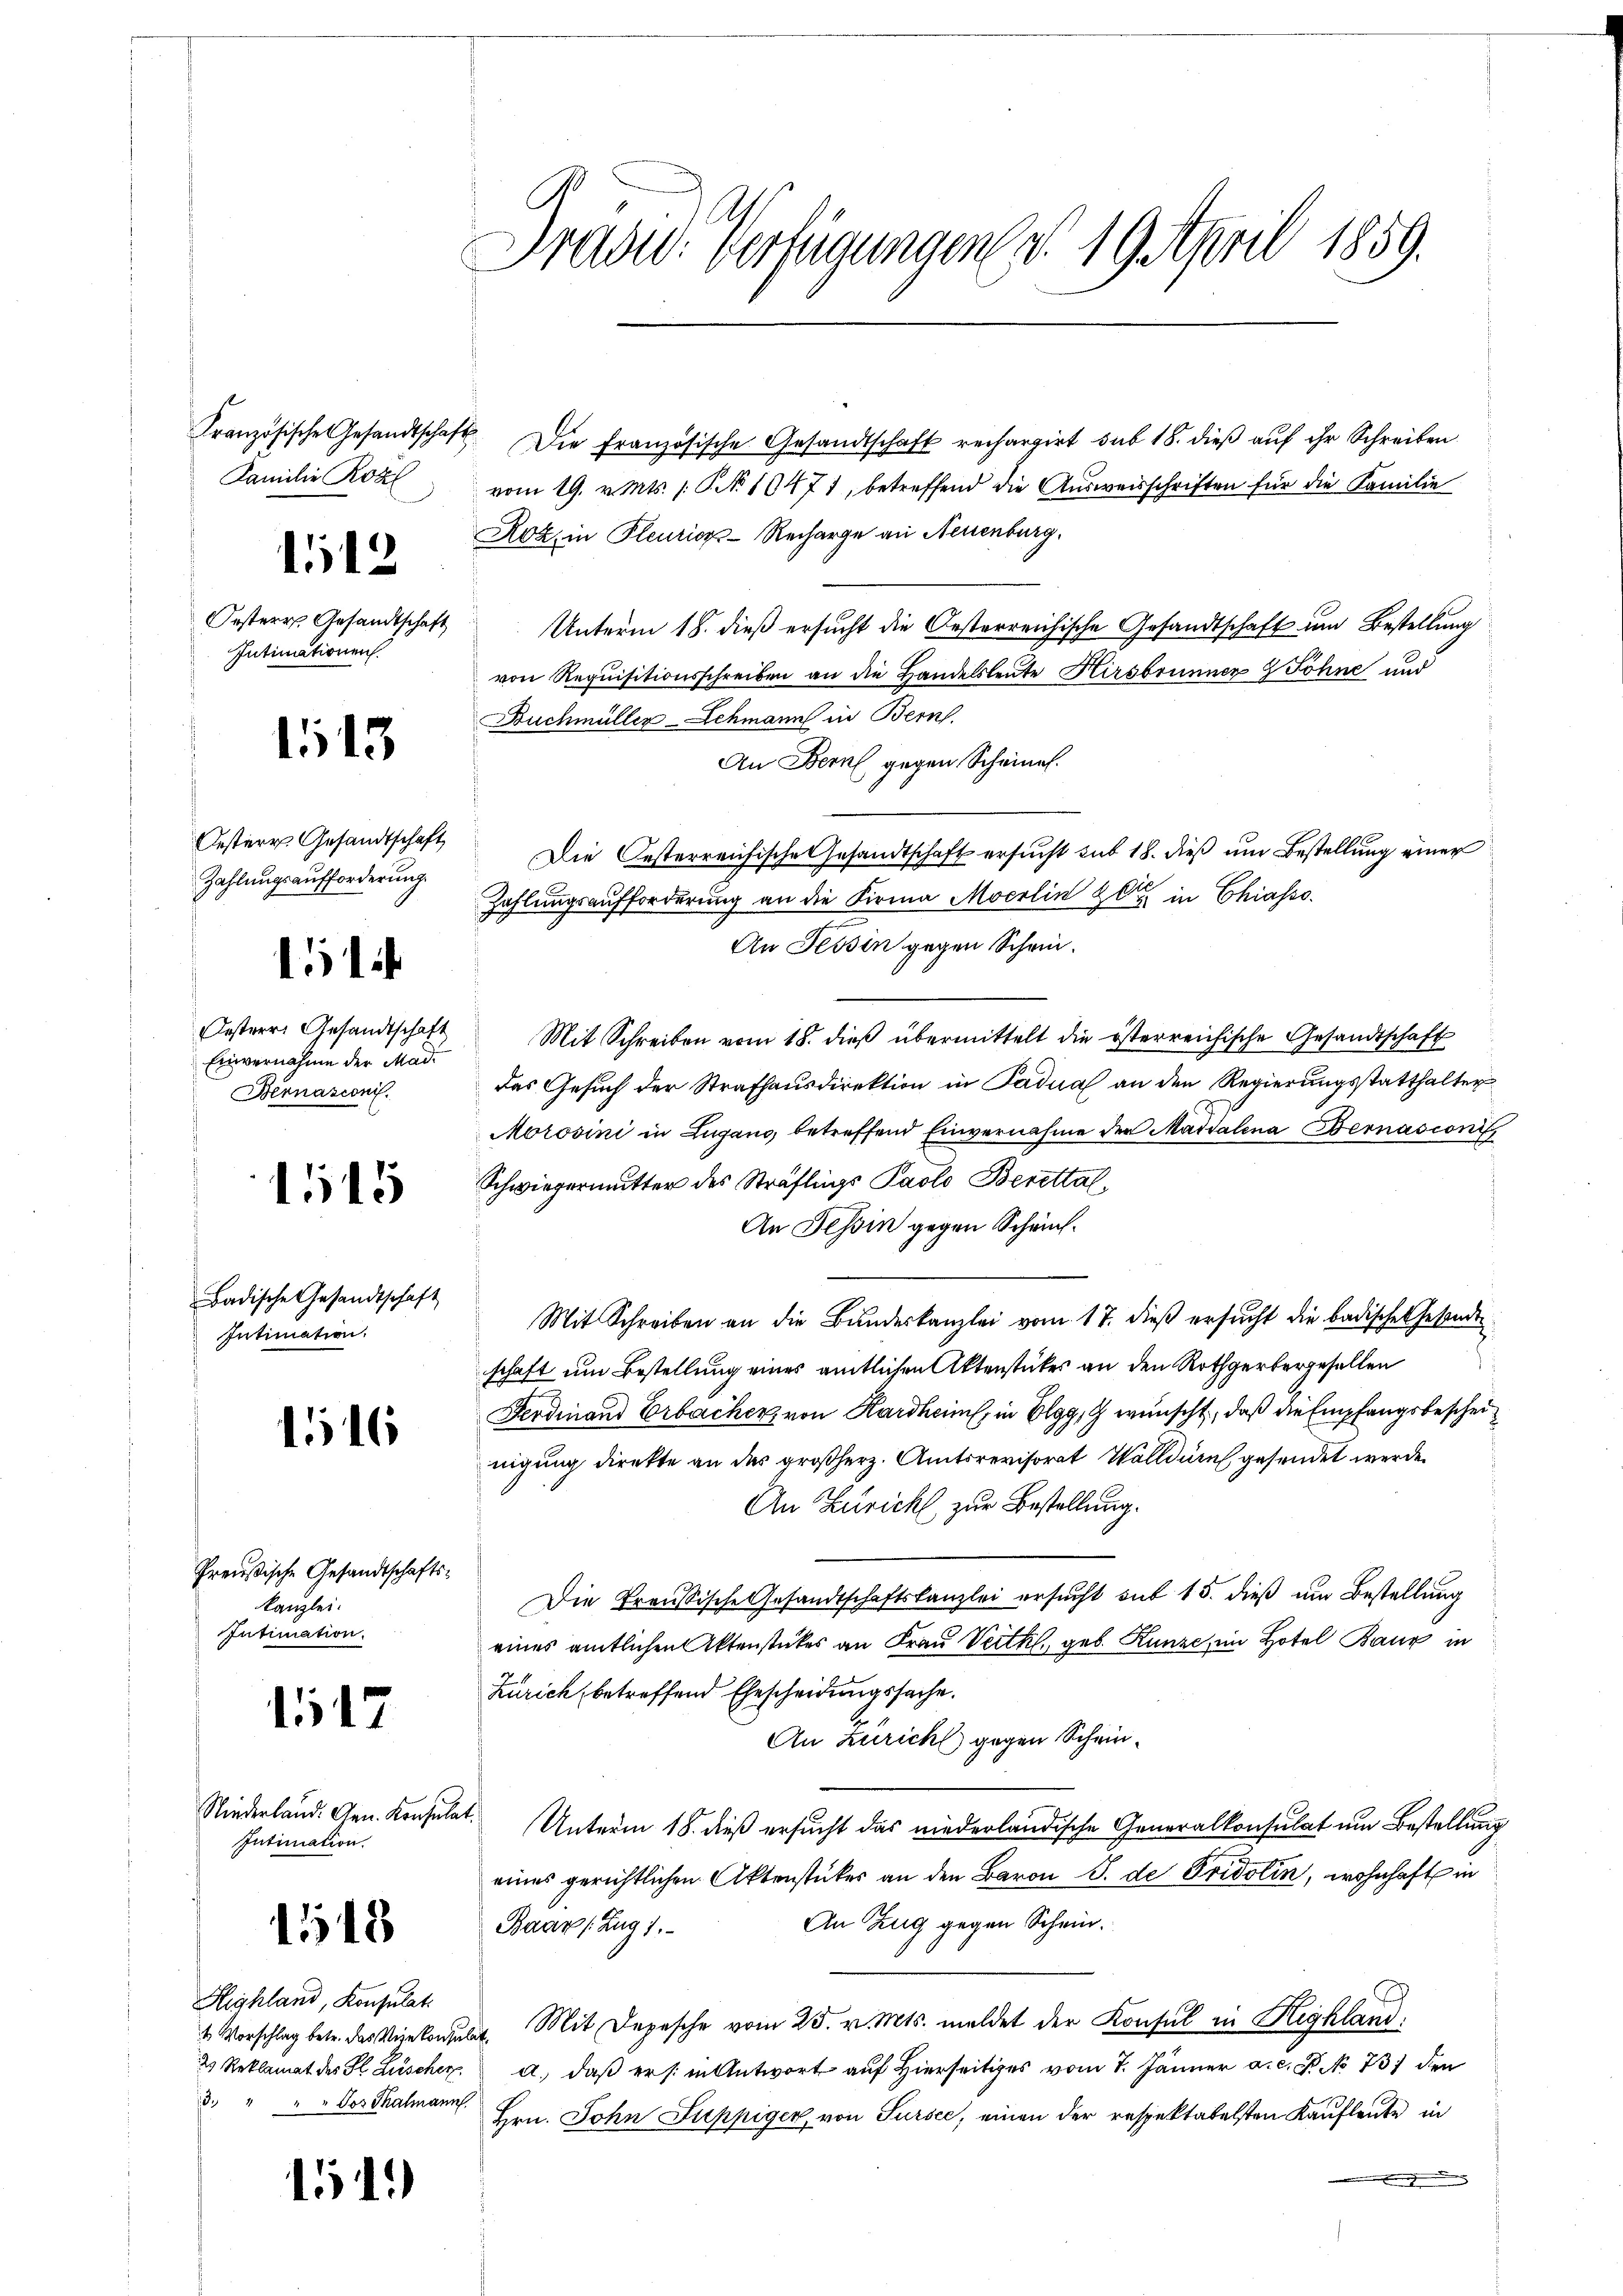
Familie Roll

112

Orsterr. Gesandtschaft
Intimationen.

1513

Oesterr Gesandtschaft
Zahlungsaufforderung.

11

Oesterr. Gesandtschaft
Einvernahme der Madi
Bernasconi.

1145

Badische Gesandtschaft
Intimation.

116

Preußische Gesandtschaftskanzlei.
Intimation.

117

Niederland. Gen. Konsulat
Intimation

1518

Highland, Konsulati
3. " " " Jos Thalmann

1

1.)

Prad: Verfügungen d. 19. April 1859.

Französische Gesandtschaft. Die französische Gesandtschaft rechargirt sub 18. dieβ aŭf ihr Schreiben
vom 19. v. Mts. 1. P. N. 11471, betreffend die Ausweisschriften für die Familie
Roz, in Pleuzions-Recharge an Neuenburg,
Unterm 18. dieß ersucht die Oesterreichische Gesandtschaft um Bestellung
von Requisitionsschreiben an die Handelsleute Hirsbrunner & Söhne und
Buchmüller-Schmann in Bern.
An Bern gegen Scheine.
Die Oesterreichische Gesandtschaft ersucht sub 18. dieß um Bestellung einer
Zahlungsaufforderung an die Firma Moerlin Zeit in Chiasso
An Tessin gegen Schrei¬
Mit Schreiben vom 18. dieß übermittelt die österreichische Gesandtschaft
das Gesuch der Strafhausdirektion in Saduas an den Regierungsstatthalter
Morosini in Lugano betreffend Einvernahme der Maitalena Bernasconi
Schwiegermutter des Sträflings Paolo Berettal¬
An Tessin gegen Schrif¬
Mit Schreiben an die Bundeskanzlei vom 17. dieß ersucht die badisches Gesandtschaft um Bestellung eines amtlichen Aktenstückes an den Rothgerbergesellen
Ferdinand Erbacher von Kardheim, in Elgg, wünscht, daß die Empfangsbescheinigung direkte an des großherz. Amtsrevisorat Wölldurch gesendet werde.
An Zuricht zur Bestellung.
Die Treussische Gesandtschaftskanzlei ersucht sub 15. dieß um Bestellung
eines amtlichen Aktenstückes an Frau Veitkl., geb. Kunze, im Hotel Baur in
Zürich, betreffend Ehescheidungssache.
An Zuricht gegen Schein¬
Unterm 18. dieß ersucht das niederländische Generalkonsulat um Bestellung
eines gerichtlichen Aktenstücker an den Baron S. de Fridolin, wohnhaft in
An Zug gegen Schein.
Baar (Zug 1.
2 Vorschlag betr. das Vizekonsulat. Mit Depesche vom 25. v. Mts. meldet der Konsul in Highland:
2 Reklamat des Fl. Lüscher, a. daβ er /: in Antwort auf hierseitiges vom 7. Jänner a.c. P. No 737 den
Hrn. John Puppiger, von Sursee, einen der respektabelsten Kaufleute in